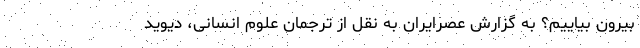
بیرون بیاییم؟ به گزارش عصرایران به نقل از ترجمان علوم انسانی، دیوید